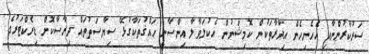
ސަރުކާރުންނާއި އެހެނިހެން އިދާރާތަކުން ކޮމިޝަނުން އެކުލަވާލާ އިންސާނީ ޙައްޤުތަކާގުޅޭ ސިޔާސަތުތައް ދިރާސާކޮށް ޑިރެކްޓަރުގެ